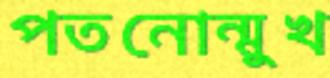
পতনোন্মুখ